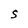
Character: S